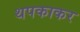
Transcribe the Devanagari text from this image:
थपकाकर